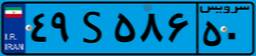
۴۹S۵۸۶۵۰